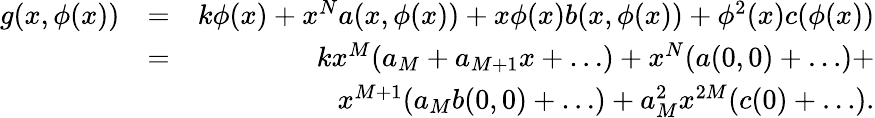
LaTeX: \begin{array}{rlr}{g(x,\phi(x))}&{=}&{k\phi(x)+x^{N}a(x,\phi(x))+x\phi(x)b(x,\phi(x))+\phi^{2}(x)c(\phi(x))}\\ &{=}&{kx^{M}(a_{M}+a_{M+1}x+\dots)+x^{N}(a(0,0)+\dots)+}\\ &{}&{x^{M+1}(a_{M}b(0,0)+\dots)+a_{M}^{2}x^{2M}(c(0)+\dots).}\end{array}